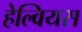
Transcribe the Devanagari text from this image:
हेल्वियस